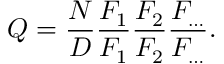
Q = { \frac { N } { D } } { \frac { F _ { 1 } } { F _ { 1 } } } { \frac { F _ { 2 } } { F _ { 2 } } } { \frac { F _ { \ldots } } { F _ { \ldots } } } .